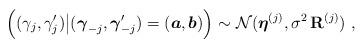
LaTeX: \begin{align*} \Big((\gamma_j,\gamma'_j)\big|(\boldsymbol{\gamma}_{-j},\boldsymbol{\gamma}'_{-j})=(\boldsymbol{a},\boldsymbol{b})\Big)\sim\mathcal{N}(\boldsymbol{\eta}^{(j)},\sigma^2\,\mathbf{R}^{(j)})\ ,\end{align*}